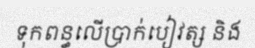
ទុកពន្ធលើប្រាក់បៀវត្ស និង